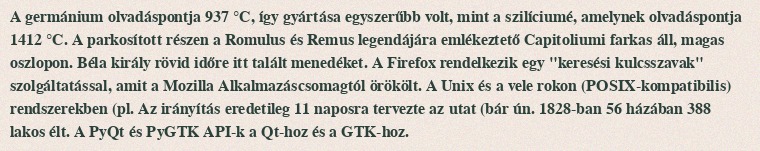
A germánium olvadáspontja 937 °C, így gyártása egyszerűbb volt, mint a szilíciumé, amelynek olvadáspontja 1412 °C. A parkosított részen a Romulus és Remus legendájára emlékeztető Capitoliumi farkas áll, magas oszlopon. Béla király rövid időre itt talált menedéket. A Firefox rendelkezik egy "keresési kulcsszavak" szolgáltatással, amit a Mozilla Alkalmazáscsomagtól örökölt. A Unix és a vele rokon (POSIX-kompatibilis) rendszerekben (pl. Az irányítás eredetileg 11 naposra tervezte az utat (bár ún. 1828-ban 56 házában 388 lakos élt. A PyQt és PyGTK API-k a Qt-hoz és a GTK-hoz.